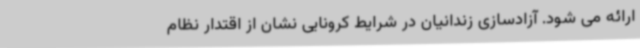
ارائه می شود. آزادسازی زندانیان در شرایط کرونایی نشان از اقتدار نظام